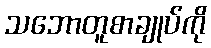
သဘောတူစာချုပ်ကို